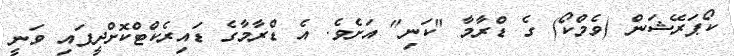
ކޯޕަރޭޝަން (ވެމްކޯ) ގެ ޑްރާމާ "ކަނި" އަށެވެ. އެ ޑްރާމާގެ ޑައިރެކްޓްކޮށްދީފައި ވަނީ